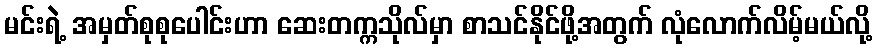
မင်းရဲ့ အမှတ်စုစုပေါင်းဟာ ဆေးတက္ကသိုလ်မှာ စာသင်နိုင်ဖို့အတွက် လုံလောက်လိမ့်မယ်လို့